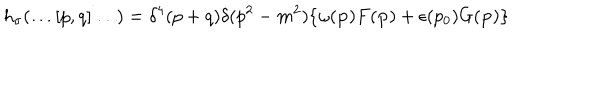
h _ { \sigma } ( \ldots [ p , q ] \ldots ) = \delta ^ { 4 } ( p + q ) \delta ( p ^ { 2 } - m ^ { 2 } ) \{ \omega ( { \bf p } ) F ( { \bf p } ) + \epsilon ( p _ { 0 } ) G ( { \bf p } ) \}